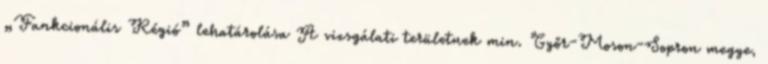
„Funkcionális Régió” lehatárolása A vizsgálati területnek min. Győr-Moson-Sopron megye,